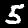
Label: 5